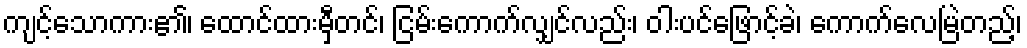
ကျင့်သောကား၏၊ ထောင်ထားမှီတင်၊ ငြမ်းကောက်လျှင်လည်း၊ ဝါးပင်ဖြောင့်ခဲ၊ ကောက်လေမြဲတည့်၊